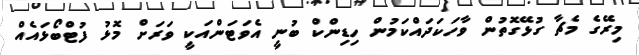
މިރޭގެ މެޗާ ގުޅޭގޮތުން ވާހަކަދައްކަމުން ހިޑިންކް ބުނީ އެވަޓަންއަކީ ވަރަށް މޮޅު ފުޓްބޯޅައެއް